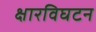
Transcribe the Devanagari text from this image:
क्षारविघटन